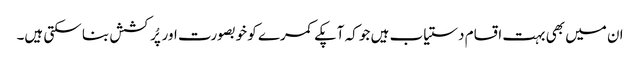
ان میں بھی بہت اقسام دستیاب ہیں جو کہ آپکے کمرے کو خوبصورت اور پُرکشش بنا سکتی ہیں۔